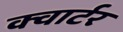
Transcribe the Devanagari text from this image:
क्‍वार्टर